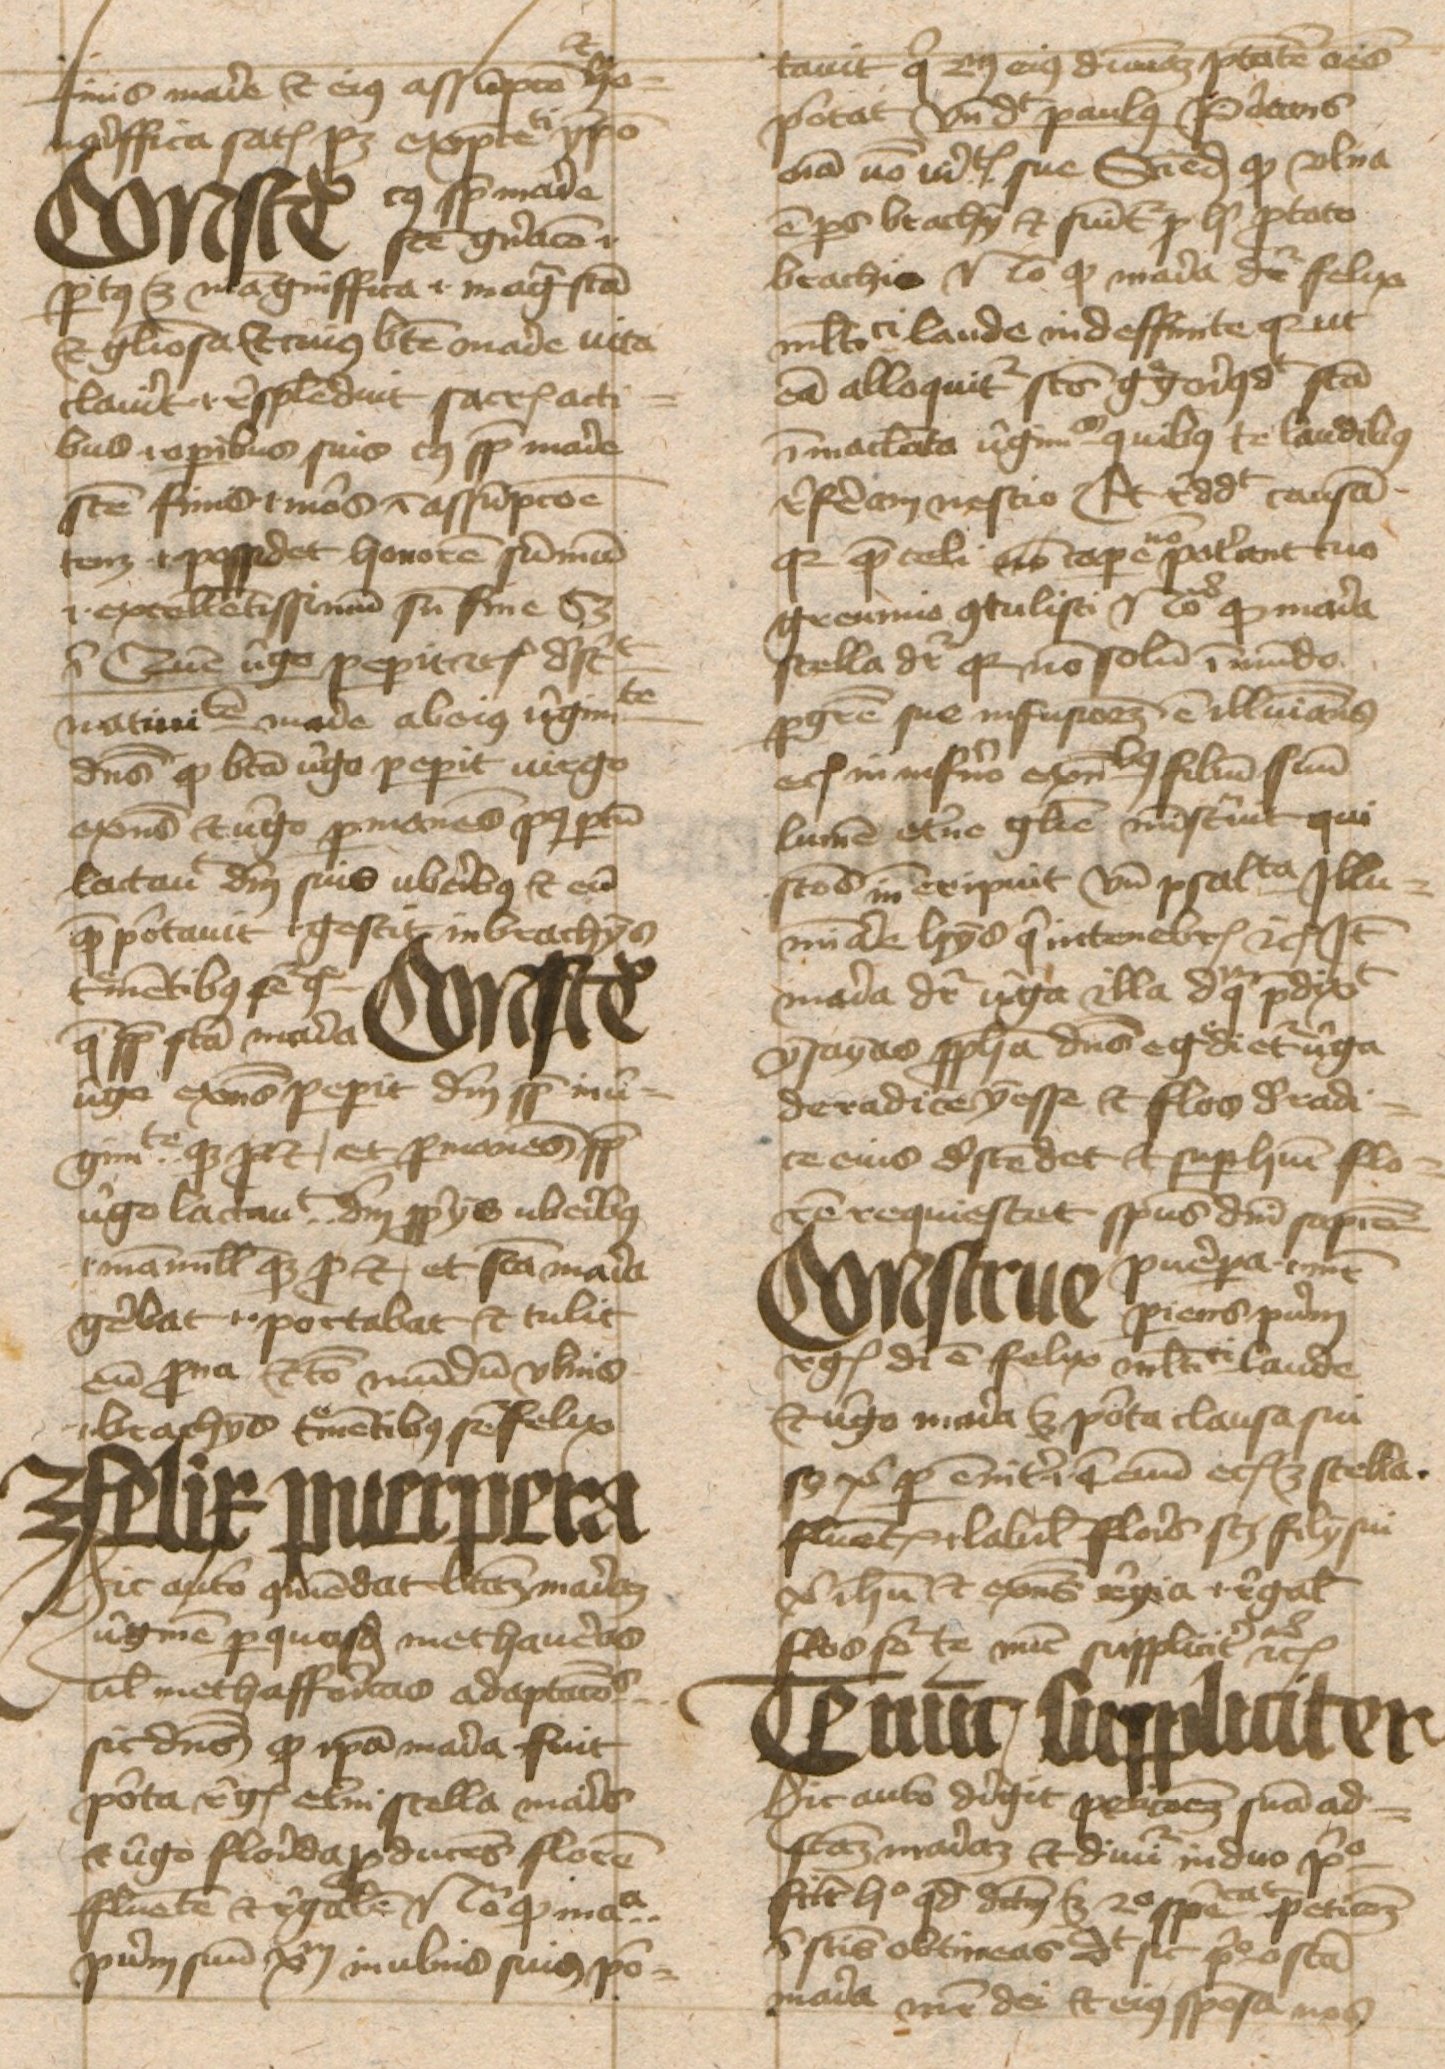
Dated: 1443–1443